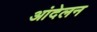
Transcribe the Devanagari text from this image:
आंदेलन